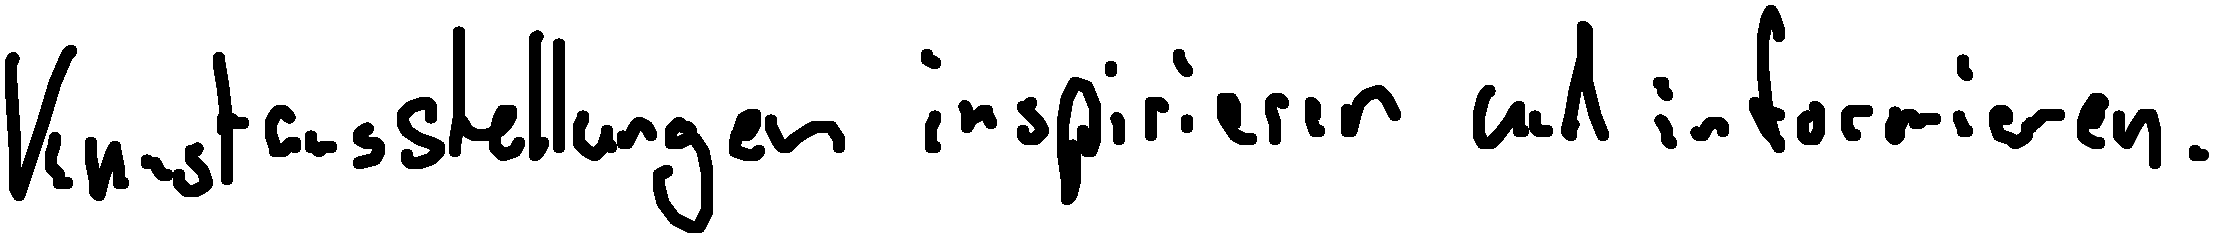
Kunstausstellungen inspirieren und informieren.